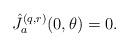
LaTeX: \begin{align*}\hat{J}_a^{(q,r)}(0,\theta ) = 0. \end{align*}